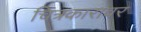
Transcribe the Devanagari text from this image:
चित्रकारावर